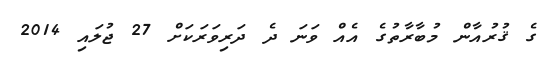
ގެ ޤުރުއާން މުބާރާތުގެ އެއް ވަނަ ދެ ދަރިވަރަކަށް 27 ޖުލައި 2014